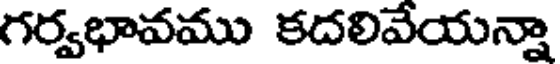
గర్వభావము కదలివేయన్నా